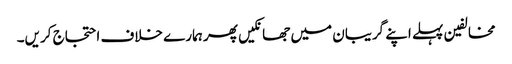
مخالفین پہلے اپنے گریبان میں جھانکیں پھر ہمارے خلاف احتجاج کریں۔